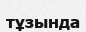
тұзында